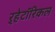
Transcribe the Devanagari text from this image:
ऱ्हेटॉरिकल